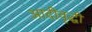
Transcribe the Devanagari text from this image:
आदीवृद्धी